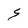
Character: S